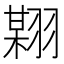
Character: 𱻟